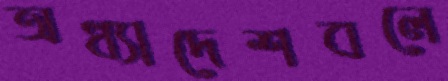
অধ্যাদেশবলে